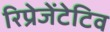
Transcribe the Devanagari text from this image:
रिप्रेजेंटेटिव